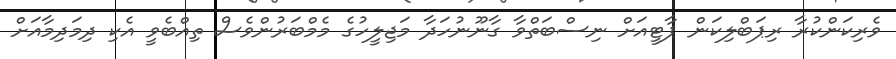
ވެރިކަންކުރާ ރިޕަބްލިކަން ޕާޓީއަށް ނިސްބަތްވާ ގާނޫނުހަދާ މަޖިލީހުގެ މެމްބަރުންވެސް ތިއްބެވީ އެކި ދިމަދިމާއަށް